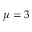
\mu = 3